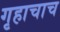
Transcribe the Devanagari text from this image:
गृहाचाच